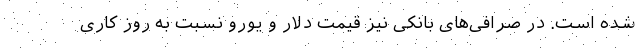
شده است. در صرافی‌های بانکی نیز قیمت‌ دلار و یورو نسبت به روز کاری